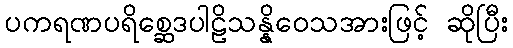
ပကရဏပရိစ္ဆေဒပါဠိသန္နိဝေသအားဖြင့် ဆိုပြီး